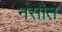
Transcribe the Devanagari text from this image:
नसोत